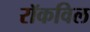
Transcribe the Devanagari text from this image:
रॉकविल